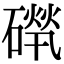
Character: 𥕚